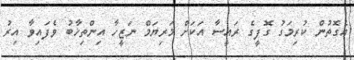
އެގޮތުން ކުރިމަގު ގޮފީގެ ރައީސާ އަކަށް މަރިޔަމް ނަޒީހާ އިންތިޚާބު ވެފައިވާ އިރު